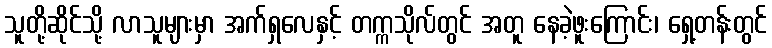
သူတို့ဆိုင်သို့ လာသူများမှာ အက်ရှလေနှင့် တက္ကသိုလ်တွင် အတူ နေခဲ့ဖူးကြောင်း၊ ရှေ့တန်းတွင်